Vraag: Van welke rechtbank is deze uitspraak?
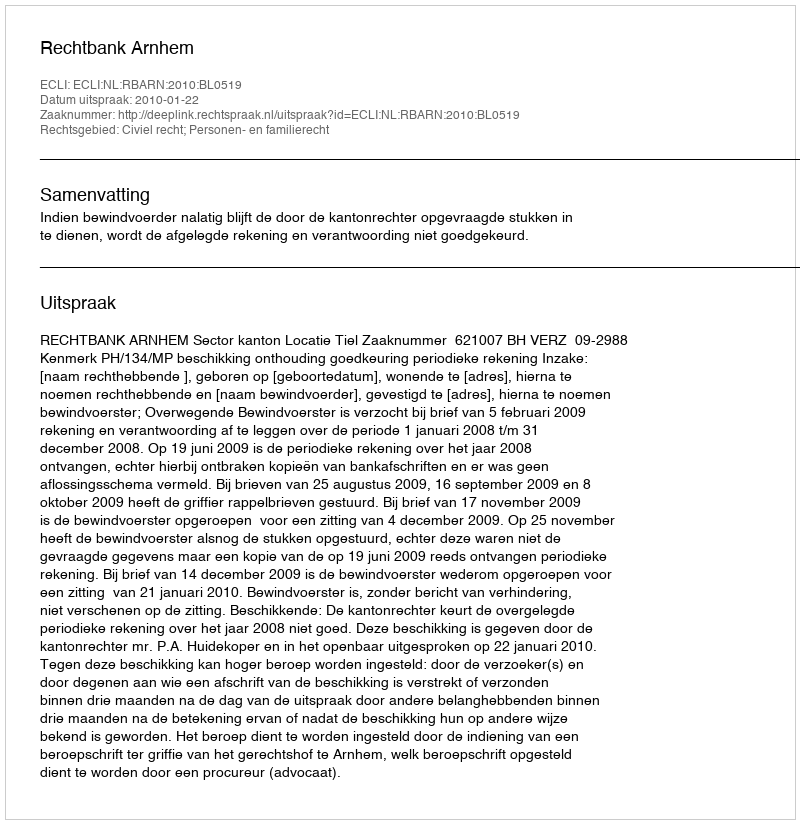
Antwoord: Rechtbank Arnhem